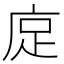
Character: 𫷭